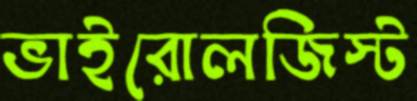
ভাইরোলজিস্ট